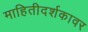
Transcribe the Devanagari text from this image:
माहितीदर्शकावर